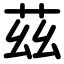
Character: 茲